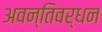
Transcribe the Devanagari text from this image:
अवन्तिवर्धन